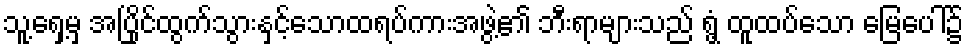
သူ့ရှေ့မှ အပြိုင်ထွက်သွားနှင့်သောထရပ်ကားအဖွဲ့၏ ဘီးရာများသည် ရွံ့ ထူထပ်သော မြေပေါ်၌